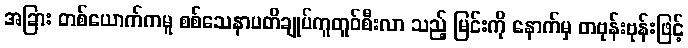
အခြား တစ်ယောက်ကမူ စစ်သေနာပတိချုပ်ကူတူဝ်စီးလာ သည့် မြင်းကို နောက်မှ တဗုန်းဗုန်းဖြင့်